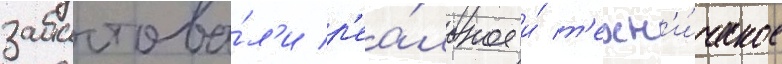
забастова́л'и р'еа́льное и́ т'ехн'и́ческое